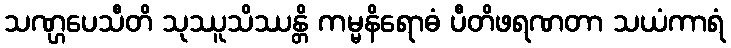
သဏ္ဌပေသီတိ သုဿူသိဿန္တိ ကမ္မနိရောဓံ ပီတိဖရဏတာ သယံကာရံ